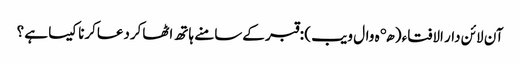
آن لائن دار الافتاء ( هډه وال ویب )‏ : قبر کےسامنے ہاتھ اٹھاکردعاکرنا کیسا ہے ؟